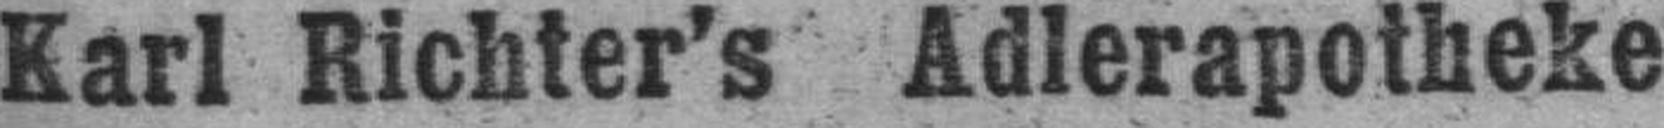
Karl Richter's Adlerapotheke